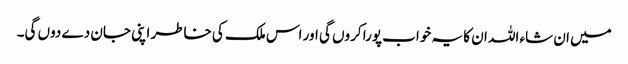
میں ان شاء اللہ ان کا یہ خواب پورا کروں گی اور اس ملک کی خاطر اپنی جان دے دوں گی۔